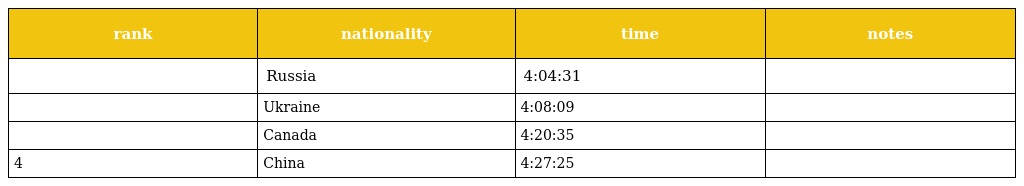
| rank | nationality | time | notes |
 | --- | --- | --- | --- |
 |  | Russia | 4:04:31 |  |
 |  | Ukraine | 4:08:09 |  |
 |  | Canada | 4:20:35 |  |
 | 4 | China | 4:27:25 |  |